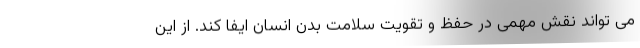
می تواند نقش مهمی در حفظ و تقویت سلامت بدن انسان ایفا کند. از این